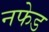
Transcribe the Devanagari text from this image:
नफेड